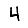
Digit: 4